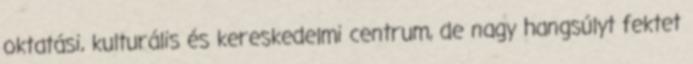
oktatási, kulturális és kereskedelmi centrum, de nagy hangsúlyt fektet